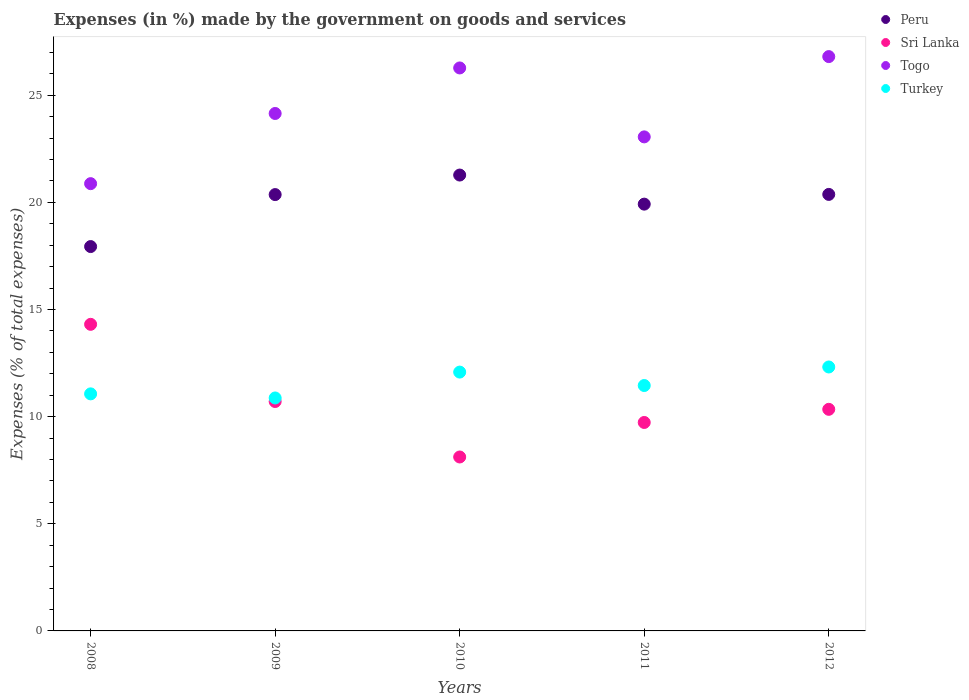
| Years | Peru | Sri Lanka | Togo | Turkey |
 | --- | --- | --- | --- | --- |
 | 2008 | 17.9 | 14.3 | 20.9 | 11.1 |
 | 2009 | 20.4 | 10.7 | 24.1 | 10.9 |
 | 2010 | 21.3 | 8.12 | 26.3 | 12.1 |
 | 2011 | 19.9 | 9.73 | 23.1 | 11.5 |
 | 2012 | 20.4 | 10.3 | 26.8 | 12.3 |